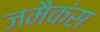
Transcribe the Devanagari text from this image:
जमैकंस